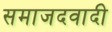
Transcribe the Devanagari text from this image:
समाजदवादी